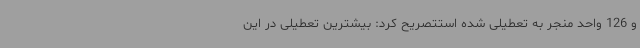
و 126 واحد منجر به تعطیلی شده استتصریح کرد: بیشترین تعطیلی در این